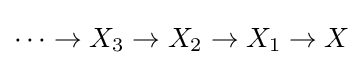
\cdots \to X_{3}\to X_{2}\to X_{1}\to X